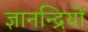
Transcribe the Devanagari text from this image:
ज्ञानन्द्रियों